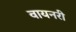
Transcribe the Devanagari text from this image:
वायनरी